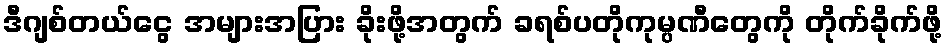
ဒီဂျစ်တယ်ငွေ အများအပြား ခိုးဖို့အတွက် ခရစ်ပတိုကုမ္ပဏီတွေကို တိုက်ခိုက်ဖို့